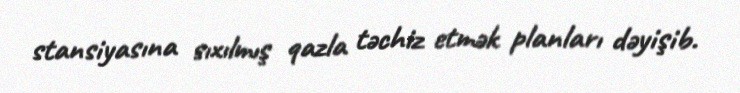
stansiyasına sıxılmış qazla təchiz etmək planları dəyişib.